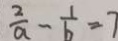
\frac { 2 } { a } - \frac { 1 } { b } = 7